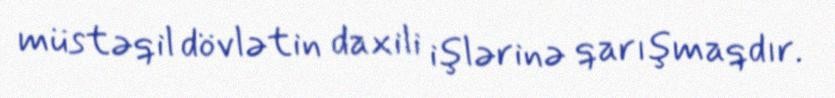
müstəqil dövlətin daxili işlərinə qarışmaqdır.